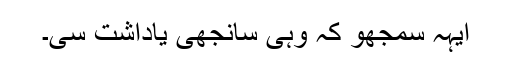
ایہہ سمجھو کہ وہی سانجھی یاداشت سی۔